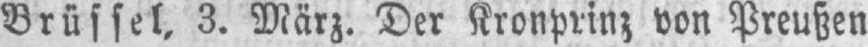
Brüssel, 3. März. Der Kronprinz von Preußen